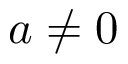
a \neq 0